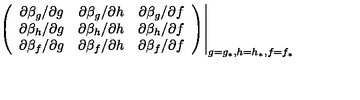
\left. \left( \begin{array} { c c c } { \partial \beta _ { g } / \partial g } & { \partial \beta _ { g } / \partial h } & { \partial \beta _ { g } / \partial f } \\ { \partial \beta _ { h } / \partial g } & { \partial \beta _ { h } / \partial h } & { \partial \beta _ { h } / \partial f } \\ { \partial \beta _ { f } / \partial g } & { \partial \beta _ { f } / \partial h } & { \partial \beta _ { f } / \partial f } \\ \end{array} \right) \right| _ { g = g _ { \ast } , h = h _ { \ast } , f = f _ { \ast } }